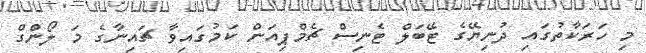
މި ހަރަކާތުގައި ދުނިޔޭގެ ޓޭބަލް ޓެނިސް ޗެމްޕިއަން ކަމުގައިވާ ޗައިނާގެ މަ ލޯންގް